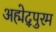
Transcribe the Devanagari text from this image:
अह्मेद्पुरम